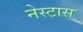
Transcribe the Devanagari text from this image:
नेस्टास